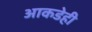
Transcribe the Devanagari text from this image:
आकडेही